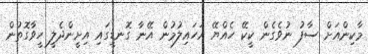
މާކިންއަށް ސާފު ނުވެގެން ކީކޭ ހެއްޔޭ އަހައިލުމުން އޭނާ ގޮނޑީގައި އިށީންދެލީ ހީވާގޮތުން